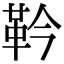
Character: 靲